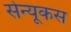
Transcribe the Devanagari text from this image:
सेन्यूकस